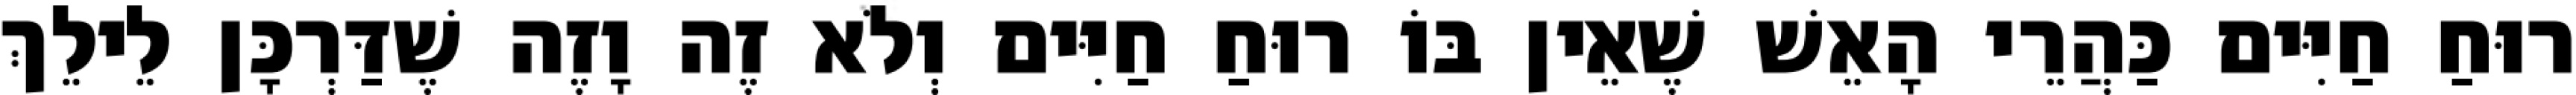
רוּחַ חַיִּים כַּהֲרֵי הָאֵשׁ שֶׁאֵין בּוֹ רוּחַ חַיִּים וְלֹא זֶה וָזֶה שֶׁדַּרְכָּן לֵילֵךְ